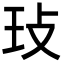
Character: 㺳